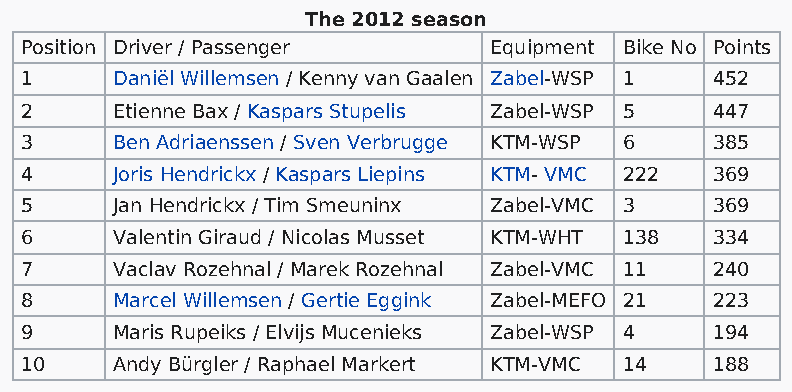
The 2012 season
 Position Driver / Passenger    Equipment Bike No Points
 1     Daniël Willemsen / Kenny van Gaalen Zabel-WSP 1 452
 2     Etienne Bax / Kaspars Stupelis Zabel-WSP 5 447
 3     Ben Adriaenssen / Sven Verbrugge KTM-WSP 6 385
 4     Joris Hendrickx / Kaspars Liepins KTM- VMC 222 369
 5     Jan Hendrickx / Tim Smeuninx Zabel-VMC 3 369
 6     Valentin Giraud / Nicolas Musset KTM-WHT 138 334
 7     Vaclav Rozehnal / Marek Rozehnal Zabel-VMC 11 240
 8     Marcel Willemsen / Gertie Eggink Zabel-MEFO 21 223
 9     Maris Rupeiks / Elvijs Mucenieks Zabel-WSP 4 194
 10    Andy Bürgler / Raphael Markert KTM-VMC 14 188